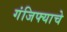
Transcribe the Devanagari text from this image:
गंजिफ्याचे